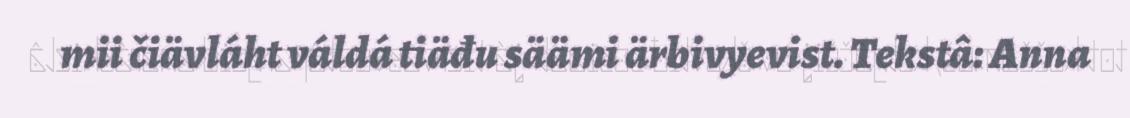
mii čiävláht váldá tiäđu säämi ärbivyevist. Tekstâ: Anna